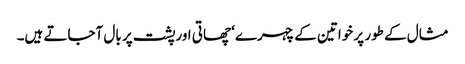
مثال کے طور پر خواتین کے چہرے‘ چھاتی اورپشت پر بال آجاتے ہیں۔